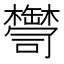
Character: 𦉠